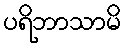
ပရိဘာသာမိ